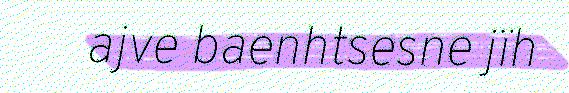
ajve baenhtsesne jïh